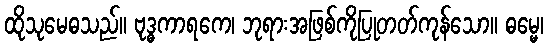
ထိုသုမေဓသည်။ ဗုဒ္ဓကာရကေ၊ ဘုရားအဖြစ်ကိုပြုတတ်ကုန်သော။ ဓမ္မေ၊